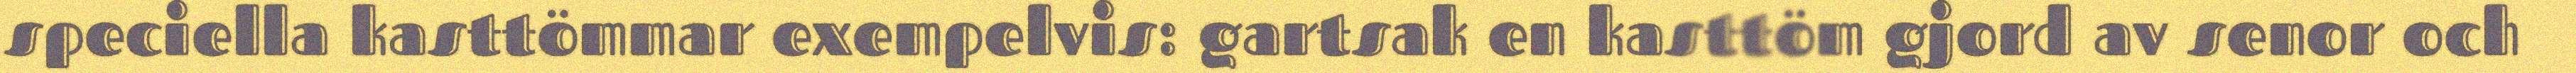
speciella kasttömmar exempelvis: gartsak en kasttöm gjord av senor och